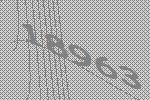
18963